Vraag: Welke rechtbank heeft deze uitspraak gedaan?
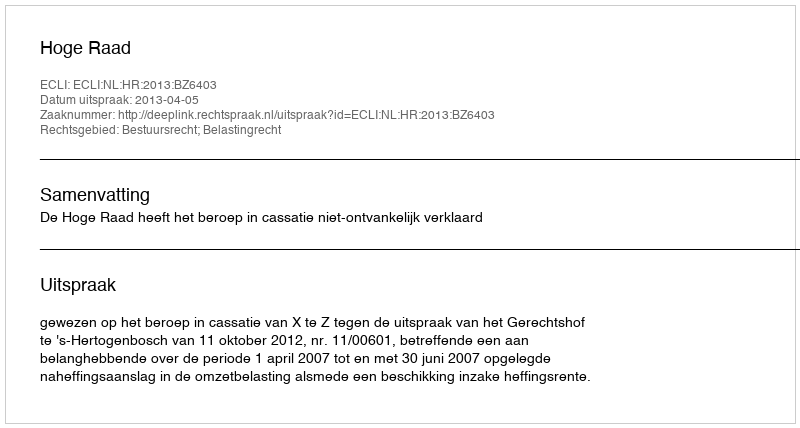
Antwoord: Hoge Raad